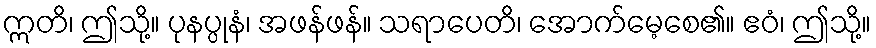
ဣတိ၊ ဤသို့။ ပုနပ္ပုနံ၊ အဖန်ဖန်။ သရာပေတိ၊ အောက်မေ့စေ၏။ ဧဝံ၊ ဤသို့။